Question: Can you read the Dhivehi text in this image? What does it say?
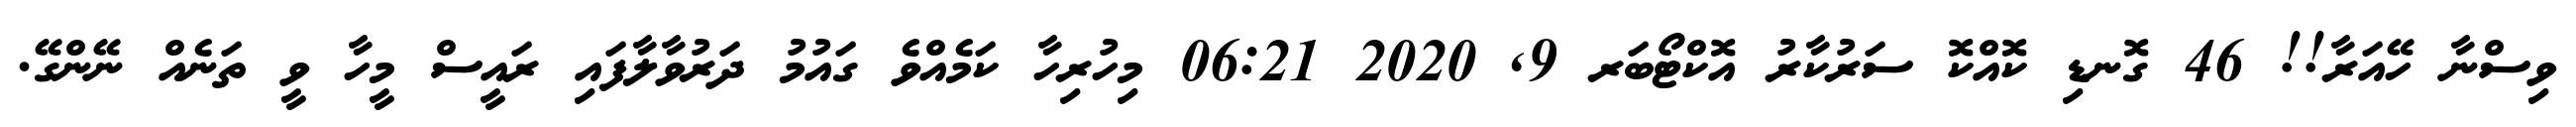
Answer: ވިސްނާ ހޭއަރާ!! 46 ގޮނޑި ކޮއްކޮ ސަރުކާރު އޮކްޓޯބަރ 9, 2020 06:21 މިހުރިހާ ކަމެއްވެ ގައުމު ދަރުވާލާފައި ރައީސް މީހާ ވީ ތަނެއް ނޭންގޭ.